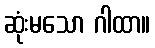
ဆုံးမသော ဂါထာ။